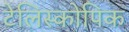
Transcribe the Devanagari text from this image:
टेलिस्कोपिक